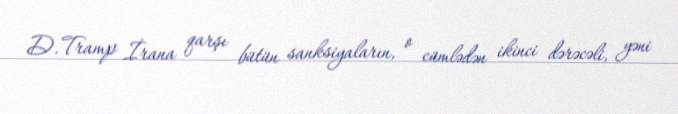
D.Tramp İrana qarşı bütün sanksiyaların, o cümlədən ikinci dərəcəli, yəni